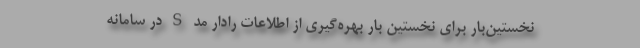
نخستین‌بار برای نخستین بار بهره‌گیری از اطلاعات رادار مد S در سامانه